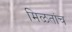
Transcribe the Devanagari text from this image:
मिळतांच